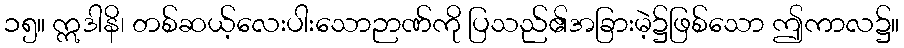
၁၅။ ဣဒါနိ၊ တစ်ဆယ့်လေးပါးသောဉာဏ်ကို ပြသည်၏အခြားမဲ့၌ဖြစ်သော ဤကာလ၌။